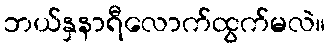
ဘယ်နှနာရီလောက်ထွက်မလဲ။